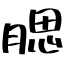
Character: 腮